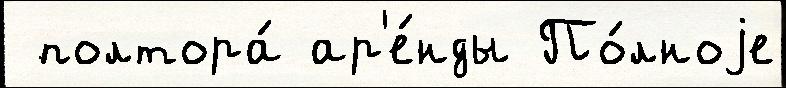
 полтора́ ар'е́нды По́лноjе